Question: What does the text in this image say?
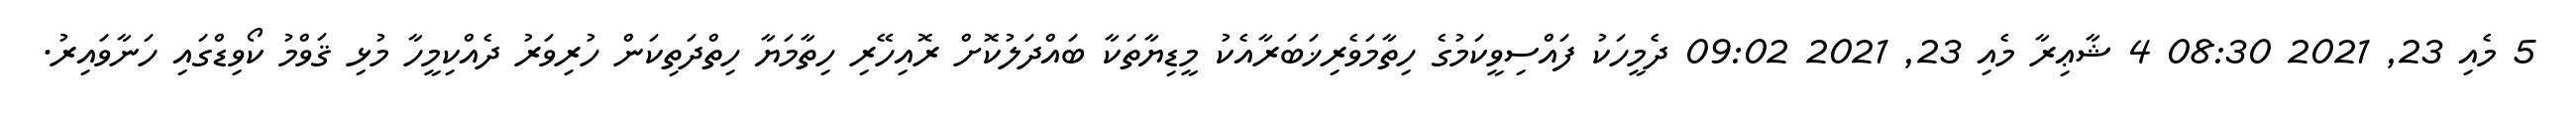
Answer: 5 މެއި 23, 2021 08:30 4 ޝާޢިރާ މެއި 23, 2021 09:02 ދެމީހަކު ފައްސިވީކަމުގެ ހިތާމަވެރިޚަބަރާއެކު މީޑިޔާތަކާ ބައްދަލުކޮށް ރޮއިހޭރި ހިތާމަޔާ ހިތްދަތިކަން ހުރިވަރު ދެއްކިމީހާ މުޅި ޤަވްމު ކޯވިޑްގައި ހަނާވައިރު.